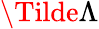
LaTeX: \Tilde{\Lambda}